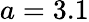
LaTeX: a=3.1